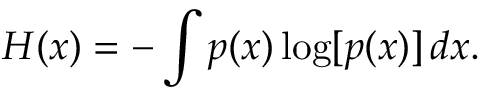
H ( x ) = - \int p ( x ) \log [ p ( x ) ] \, d x .